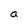
Character: a